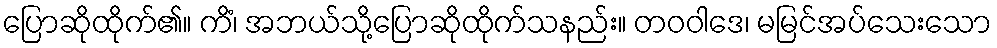
ပြောဆိုထိုက်၏။ ကိံ၊ အဘယ်သို့ပြောဆိုထိုက်သနည်း။ တဝဝါဒေ၊ မမြင်အပ်သေးသော